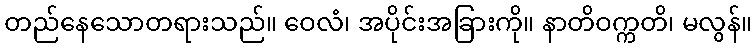
တည်နေသောတရားသည်။ ဝေလံ၊ အပိုင်းအခြားကို။ နာတိဝက္ကတိ၊ မလွန်။